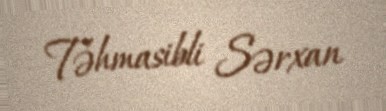
Təhmasibli Sərxan